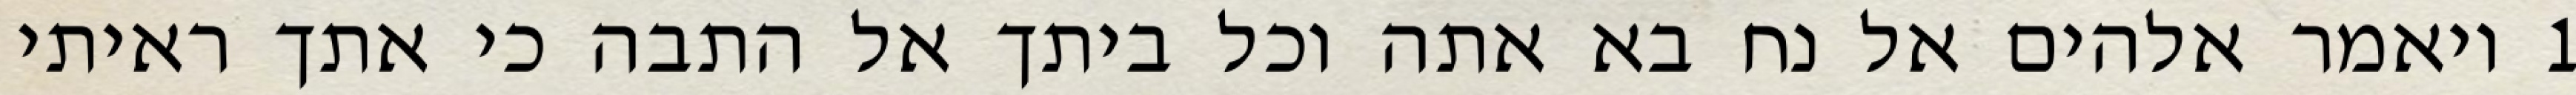
1 ויאמר אלהים אל נח בא אתה וכל ביתך אל התבה כי אתך ראיתי